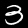
Digit: 3